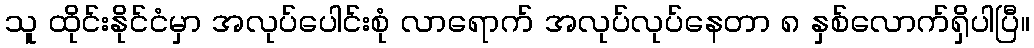
သူ ထိုင်းနိုင်ငံမှာ အလုပ်ပေါင်းစုံ လာရောက် အလုပ်လုပ်နေတာ ၈ နှစ်လောက်ရှိပါပြီ။